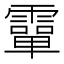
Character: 𩅦